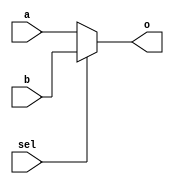
`timescale 1ns / 1ps
//////////////////////////////////////////////////////////////////////////////////
// Company: 
// Engineer: 
// 
// Design Name: 
// Module Name: mux2to1_Nbit
// Project Name: 
// Target Devices: 
// Tool Versions: 
// Description: 
// 
// Dependencies: 
// 
// Revision:
// Revision 0.01 - File Created
// Additional Comments:
// 
//////////////////////////////////////////////////////////////////////////////////


module mux2to1_Nbit #(parameter N = 32) (
    output [N-1:0] o,
    input [N-1:0] a,
    input [N-1:0] b,
    input sel
    );
    
    assign o = sel ? b : a;
endmodule